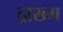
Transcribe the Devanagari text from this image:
द्राख्म